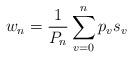
LaTeX: \begin{align*}w_{n}=\frac{1}{P_{n}} \sum_{v=0}^{n}p_{v}s_{v}\end{align*}